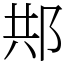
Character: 䢼